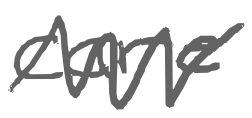
Text: care
Cross-out: zig-zag
Writing tool: digital_gray